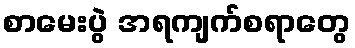
စာမေးပွဲ အရကျက်စရာတွေ